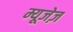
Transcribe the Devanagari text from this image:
म्यूजेज़